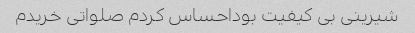
شیرینی بی کیفیت بوداحساس کردم صلواتی خریدم